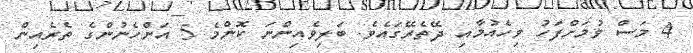
4 މަސް ވުމަށްފަހު ވިހެއުމާއި ދޭތެރޭގައެވެ. ބަލިވެއިންނަ ކޮންމެ 5 އަންހެނުންގެ ތެރެއިން